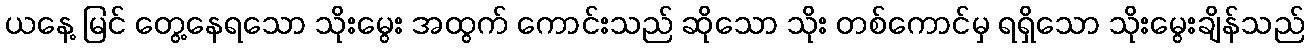
ယနေ့ မြင် တွေ့နေရသော သိုးမွေး အထွက် ကောင်းသည် ဆိုသော သိုး တစ်ကောင်မှ ရရှိသော သိုးမွေးချိန်သည်